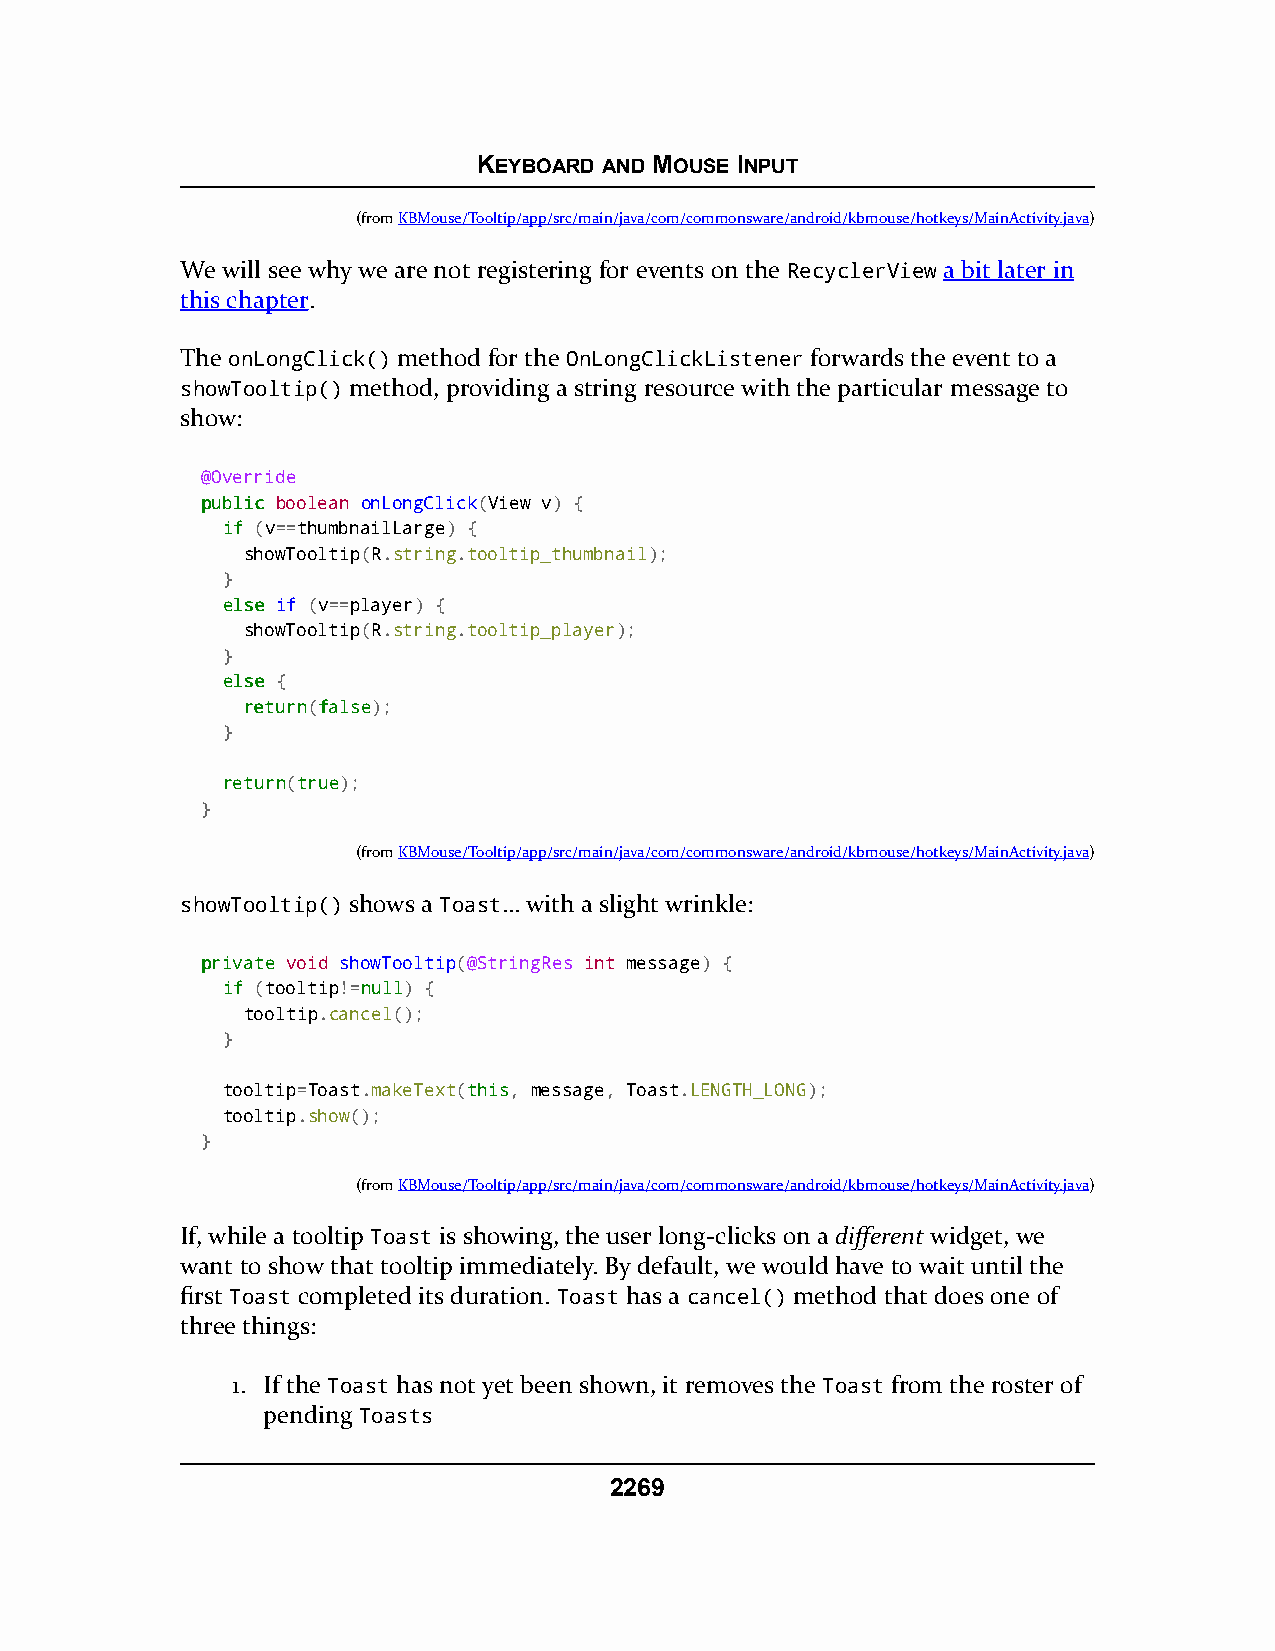
KEYBOARD AND MOUSE INPUT
 (fromKBMouse/Tooltip/app/src/main/java/com/commonsware/android/kbmouse/hotkeys/MainActivity.java)
 We will see why we are not registering for events on the RecyclerView a bit later in
 this chapter.
 The onLongClick() method for the OnLongClickListener forwards the event to a
 showTooltip() method, providing a string resource with the particular message to
 show:
 @Override
 ppuubblliicc boolean onLongClick(View v) {
 iiff (v==thumbnailLarge) {
 showTooltip(R.string.tooltip_thumbnail);
 }
 eellssee if (v==player) {
 showTooltip(R.string.tooltip_player);
 }
 eellssee {
 rreettuurrnn(ffaallssee);
 }
 rreettuurrnn(ttrruuee);
 }
 (fromKBMouse/Tooltip/app/src/main/java/com/commonsware/android/kbmouse/hotkeys/MainActivity.java)
 showTooltip() shows a Toast… with a slight wrinkle:
 pprriivvaattee void showTooltip(@StringRes int message) {
 iiff (tooltip!=nnuullll) {
 tooltip.cancel();
 }
 tooltip=Toast.makeText(tthhiiss, message, Toast.LENGTH_LONG);
 tooltip.show();
 }
 (fromKBMouse/Tooltip/app/src/main/java/com/commonsware/android/kbmouse/hotkeys/MainActivity.java)
 If, while a tooltip Toast is showing, the user long-clicks on a different widget, we
 want to show that tooltip immediately. By default, we would have to wait until the
 first Toast completed its duration. Toast has a cancel() method that does one of
 three things:
 1. If the Toast has not yet been shown, it removes the Toast from the roster of
 pending Toasts
 2269